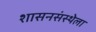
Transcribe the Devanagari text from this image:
शासनसंस्थेला